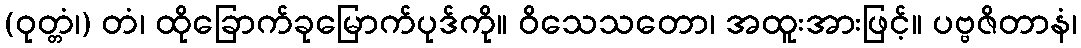
(ဝုတ္တံ၊) တံ၊ ထိုခြောက်ခုမြောက်ပုဒ်ကို။ ဝိသေသတော၊ အထူးအားဖြင့်။ ပဗ္ဗဇိတာနံ၊